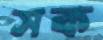
সক